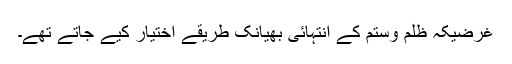
غرضیکہ ظلم وستم کے انتہائی بھیانک طریقے اختیار کیے جاتے تھے۔